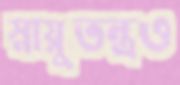
স্নায়ুতন্ত্রও